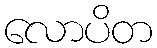
လောပိတ